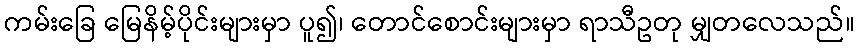
ကမ်းခြေ မြေနိမ့်ပိုင်းများမှာ ပူ၍၊ တောင်စောင်းများမှာ ရာသီဥတု မျှတလေသည်။